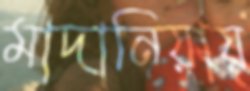
মাদানিয়ায়